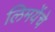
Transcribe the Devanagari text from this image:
लिमयेंंचे